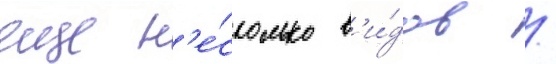
еще н'е́сколько в'и́дов /